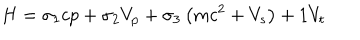
H = \sigma _ { 1 } c p + \sigma _ { 2 } V _ { p } + \sigma _ { 3 } \left( m c ^ { 2 } + V _ { s } \right) + 1 V _ { t }